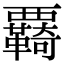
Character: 覉